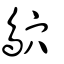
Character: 鴥